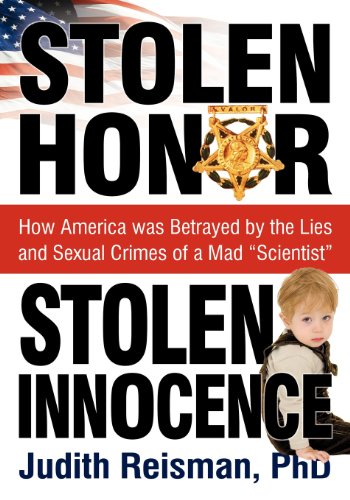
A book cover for Stolen Honor Stolen Innocence: How America was Betrayed by the Lies and Sexual Crimes of a Mad "Scientist"; Ph.D. Judith Reisman; Politics & Social Sciences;